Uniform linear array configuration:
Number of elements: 48
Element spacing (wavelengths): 0.75
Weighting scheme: cosine
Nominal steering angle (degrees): -15
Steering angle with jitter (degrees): -14.546
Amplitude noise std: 0.05
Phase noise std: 0.05

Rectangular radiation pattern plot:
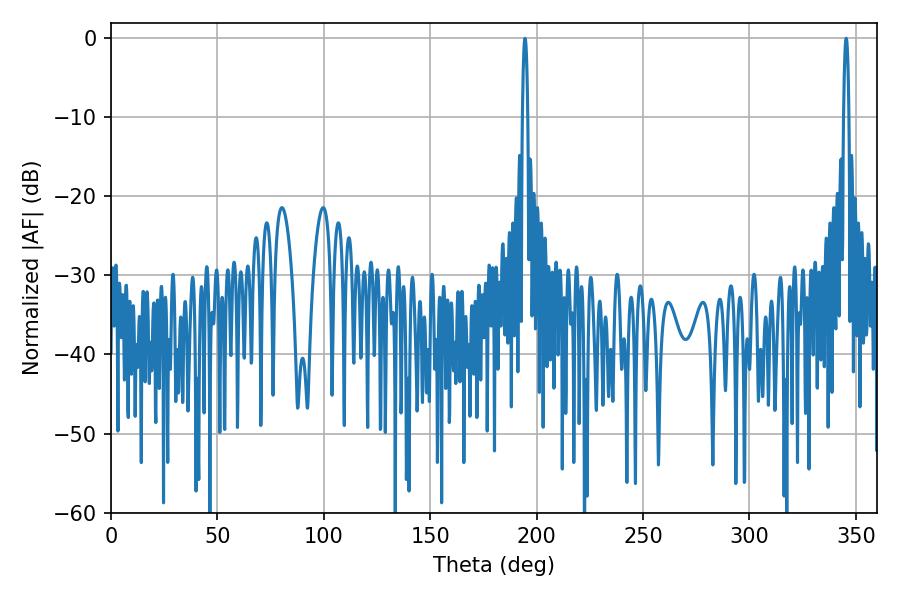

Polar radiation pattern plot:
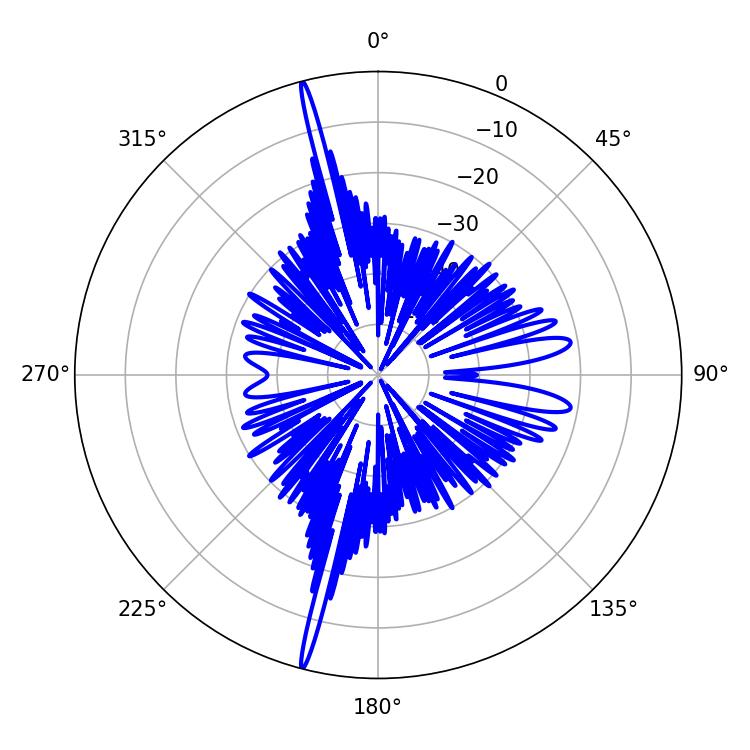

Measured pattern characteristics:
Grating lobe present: TRUE
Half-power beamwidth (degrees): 1.44
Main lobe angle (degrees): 345.42